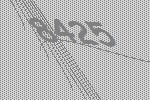
8425